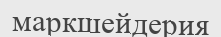
маркшейдерия